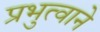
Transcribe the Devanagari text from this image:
प्रभुत्वाने